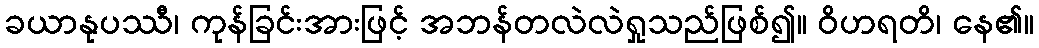
ခယာနုပဿီ၊ ကုန်ခြင်းအားဖြင့် အဘန်တလဲလဲရှုသည်ဖြစ်၍။ ဝိဟရတိ၊ နေ၏။